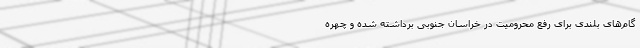
گام‌های بلندی برای رفع محرومیت در خراسان جنوبی برداشته شده و چهره